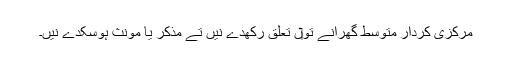
مرکزی کردار متوسط گھرانے تو‏ں تعلق رکھدے نيں تے مذکر یا مونث ہوسکدے نيں۔